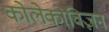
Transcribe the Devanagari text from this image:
कोलेकोविज़न